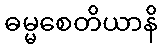
ဓမ္မစေတိယာနိ